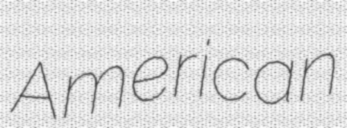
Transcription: American